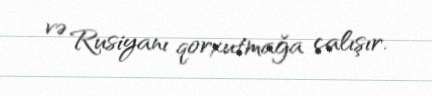
və Rusiyanı qorxutmağa çalışır.